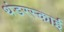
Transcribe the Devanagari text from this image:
थंडरस्काई